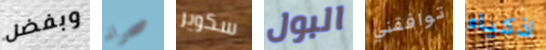
وبفضل صحراء سكوير البول توافقني اذكياء